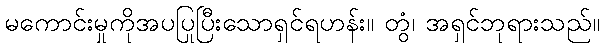
မကောင်းမှုကိုအပပြုပြီးသောရှင်ရဟန်း။ တွံ၊ အရှင်ဘုရားသည်။